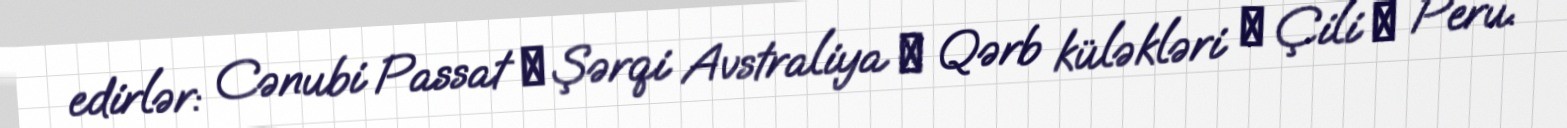
edirlər: Cənubi Passat → Şərqi Avstraliya → Qərb küləkləri → Çili → Peru.